Vaccination in Burma 1900-1911 - 1900-1911
Year: 1900
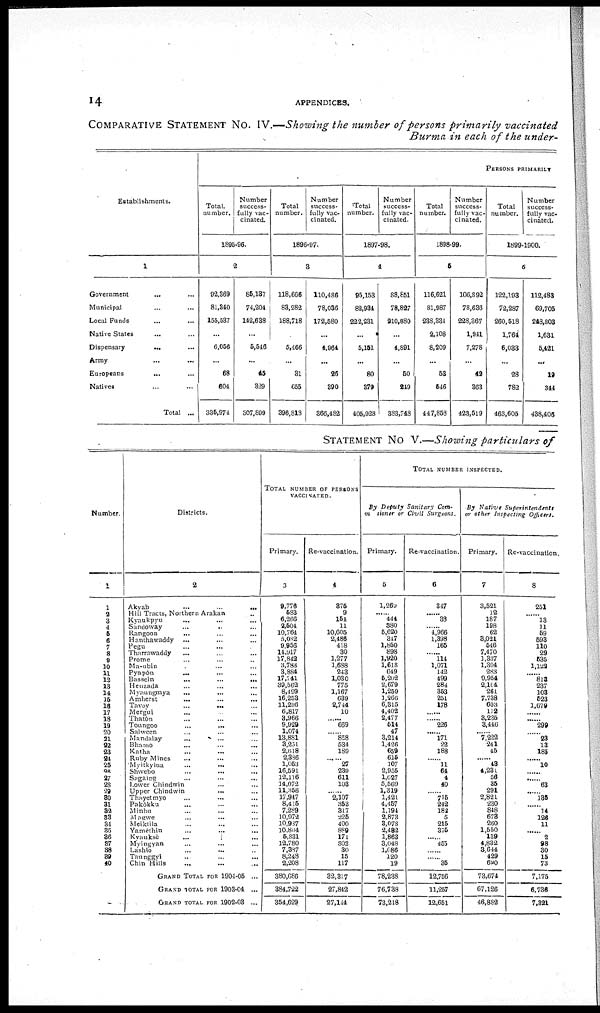
14
APPENDICES.
COMPARATIVE STATEMENT No. IV.—Showing the number of persons primarily vaccinated
Burma in each of the under-
Establishments.
1
Government ... ...
Municipal ... ...
Local Funds ... ...
Native States ... ...
Dispensary
... ...
Army ... ...
Europeans ... ...
Natives ... ...
Total ...
PERSONS PRIMARILY
Total.
number.
Number
success-
fully vac-
cinated.
1895-96.
2
92,369
81,840
155,537
...
6,056
...
68
604
335,974
85,187
74,204
142,638
...
5,546
...
45
329
307,809
Total
number.
Number
success-
fully vac-
cinated.
1896-97.
3
118,666
83,282
188,718
...
5,466
...
31
655
396,813
110,486
78,036
172,580
...
4,964
...
26
390
866,482
Total
number.
Number
success-
fully vac-
cinated.
1897-98.
4
95,153
82,934
222,231
...
5,151
...
80
379
405,928
88,851
78,827
210,880
...
4,891
...
50
249
383,748
Total
number.
Number
success-
fully vac-
cinated.
1898-99.
5
116,621
81,087
238,334
2,108
8,209
...
53
546
447,858
106,892
78,636
228,367
1,941
7,278
...
42
363
423,519
Total
number.
Number
success-
fully vac-
cinated.
1899-1900.
6
122,193
72,287
260,518
1,764
6,033
...
28
782
463,605
112,483
69,705
248,803
1,631
5,421
...
19
344
438,406
STATEMENT NO V.—Showing particulars of
Number.
1
1
2 3
4
5
6
7
8
9
10
11
12
13
14
15
16
17
18
19
20
21
22
23
24
25
26
27
28
29
80
31
32
33
34
35
36
37
38
89
40
Districts.
2
Akyab
...
...
...
Hill Tracts, Northern Arakan ...
Kyaukpyu ... ... ...
Sandoway ... ... ...
Rangoon ... ... ...
Hanthawaddy
... ... ...
Pegu ... ... ...
Tharrawaddy ... ... ...
Prome ... ... ...
Ma-ubin ... ... ...
Pyapôn ... ... ...
Bassein ... ... ...
Henzada ... ... ...
Myaungmya ... ... ...
Amherst ... ... ...
Toyoy ... ... ...
Mergui ... ... ...
Thatôn ... ... ...
Toungoo
...
...
...
Salween ... ... ...
Mandalay ... ... ...
Bhamo ... ... ...
Katha ... ... ...
Ruby Mines ... ... ...
Myitkyina ... ... ...
Shewebo ... ... ...
Sagaing ... ... ...
Lower Chindwin ... ... ...
Upper Chindwin ... ... ...
Thayetmyo ... ... ...
Pakôkku ... ... ...
Minbu ... ... ...
Magwe ... ... ...
Meiktila ... ... ...
Yamèthin ... ... ...
Kyauksè
...
...
...
Myingyan ... ... ...
Lashio ... ... ...
Taunggyi ... ... ...
Chin Mills ... ... ...
GRAND TOTAL FOR 1904-06 ...
GRAND TOTAL FOR 1903-04 ...
GRAND TOTAL FOR 1902-03 ...
TOTAL NUMBER OF PERSONS
VACCINATED.
Primary.
3
9,776
583
6,266
2,604
10,764
5,082
9,956
14,917
17,842
3,783
3,884
17,741
39,562
8,499
16,253
11,296
6,817
3,966
9,029
1,074
13,881
3,251
2,618
2,386
1,053
16,591
12,116
14,072
11,856
17,917
8,416
7,289
10,972
10,937
10,804
5,831
12,780
7,387
8,248
2,208
380,686
884,722
354,629
Re-vaccination.
4
875
9
154
11
10,605
2,486
418
30
1,277
1,688
243
1,030
775
1,167
630
2,744
10
...... 669
......
858
534
189
27
239
611
103
...... 2,107
353
317
225
400
889
171
802
30
15
117
32,317
27,842
27,144
TOTAL NUMBER INSPECTED.
By Deputy Sanitary Com-
mssioner or Civil Surgeons.
Primary.
5
1,269
...... 444
380
5,620
347
1,850
898
1,920
1,618
649
5,202
2,679
1,259
1,266
6,315
4,402
2,477
514
47
3,214
1,426
659
615
107
2,955
1,627
5,569
1,319
1,421
4,457
1,194
2,873
3,078
2,482
1,863
3,048
1,086
120
19
78,238
76,738
73,218
Re-vaccination.
6
347
......
38
...... 4,966
1,398
165
...... 114
1,071
142
499
284
853
251
178
......
...... 226
...... 171
22
188
......
11
64
4
40
...... 715
242
181
5
215
375
...... 455
......
......
36
12,756
11,257
12,651
By Native
Superintendents
or other Impecting
Officers.
Primary.
7
3,521
12
187
198
62
3,021
546
7,470
1,337
1,304
283
9,954
2,104
261
7,738
603
112
3,235
3,446
...... 7,222
241
45
...... 43
4,231
56
35
291
2,821
230
848
678
260
1,550
139
4,832
3,644
429
620
73,674
67,126
46,882
Re-vaccination.
8
251
......
13
11
69
593
110
29
535
1,122
...... 813
237
103
623
1,679
...... ...... 299
......
23
13
185
......
10
......
......
63
136
......
14
126
11
......
2
98
30
15
73
7,175
6,736
7,321